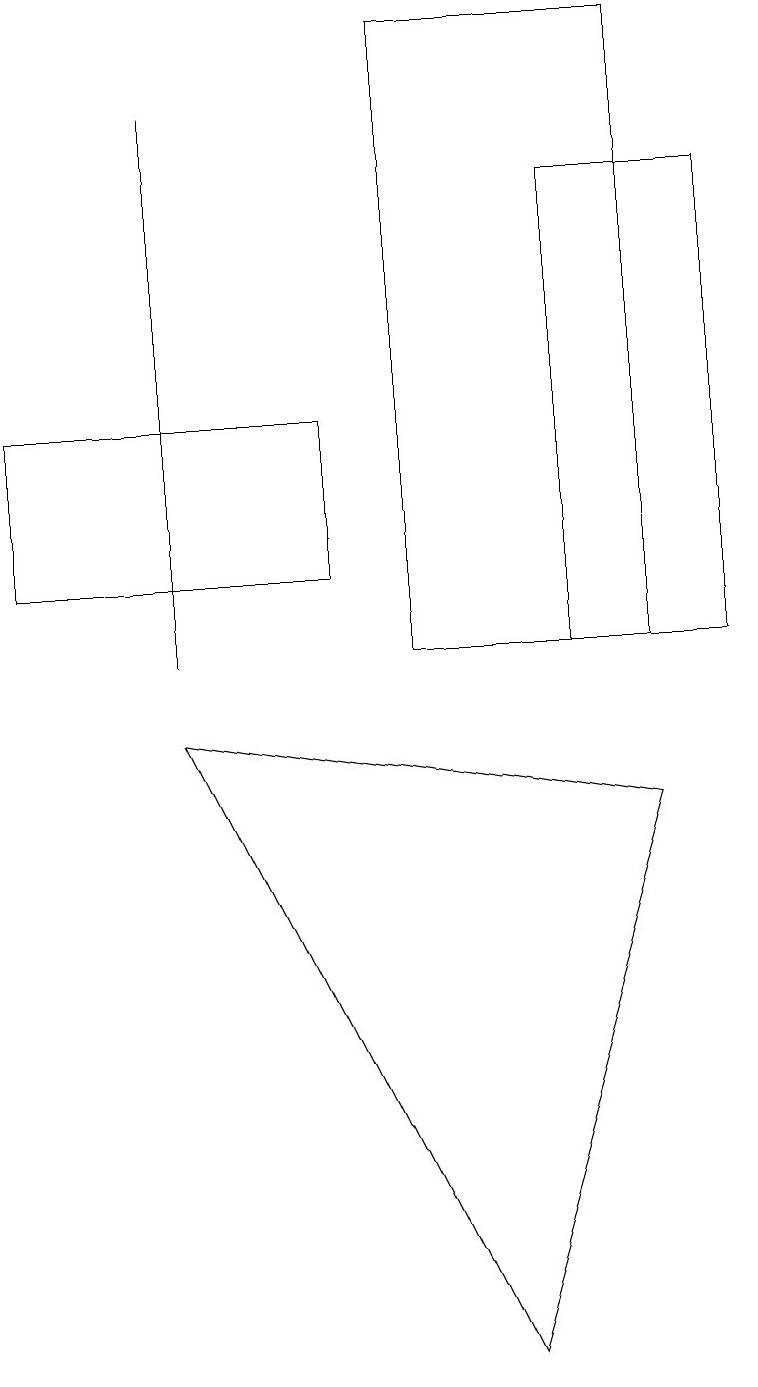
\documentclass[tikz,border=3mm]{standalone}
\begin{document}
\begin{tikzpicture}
\draw (5,10) rectangle (8,18);
\draw (7,10) rectangle (9,16);
\draw (2,9) -- (8,8) -- (6,1) -- cycle;
\draw (0,11) rectangle (4,13);
\draw (2,17) rectangle (2,10);
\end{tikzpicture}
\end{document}